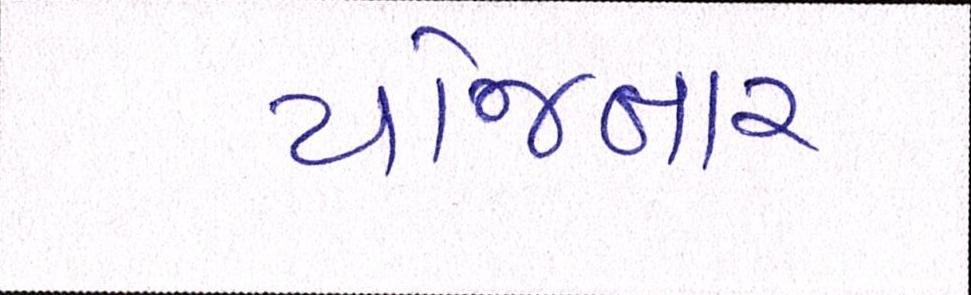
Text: યોજનાર